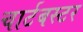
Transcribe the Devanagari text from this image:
चार्टबस्टर